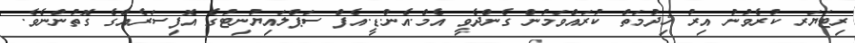
ރިޓަޔަރ ކުރެވުނު އިރު ޚިދުމަތް ކުރައްވަމުން ގެންދެވީ އެމް.އެން.ޑީ.އެފް ސަޕްލައިޔުނިޓުގެ އޮފިސަރެއްގެ ގޮތުންނެވެ.